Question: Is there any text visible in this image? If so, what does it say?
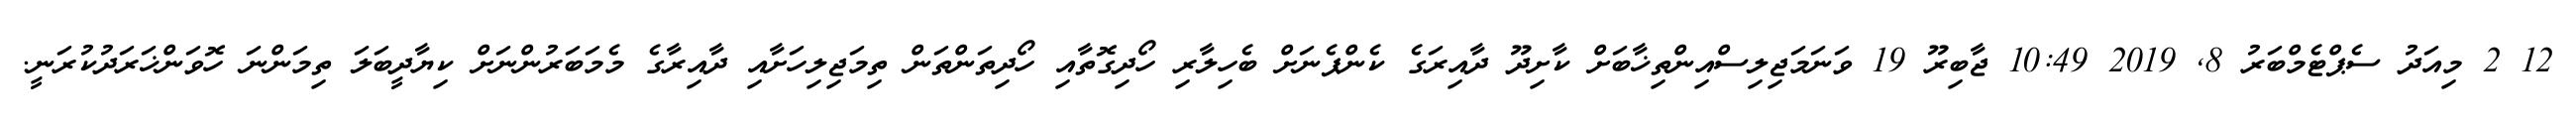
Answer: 12 2 މިއަދު ސެޕްޓެމްބަރު 8, 2019 10:49 ޖާބިރޫ 19 ވަނަމަޖިލިސްއިންތިޚާބަށް ކާށިދޫ ދާއިރަގެ ކެންޕެނަށް ބެހިލާރި ހޯދިގޮތާއި ހޯދިތަންތަން ތިމަޖިލިހަށާއި ދާއިރާގެ މެމަބަރުންނަށް ކިޔާދީބަލަ ތިމަންނަ ހޮވަންޚަރަދުކުރަނީ.